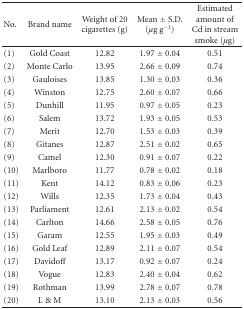
| No. | Brand name | Weight of 20 cigarettes (g) | Mean ± S.D. (μg g−1) | Estimated amount of Cd in stream smoke (μg) |
 | --- | --- | --- | --- | --- |
 | (1) | Gold Coast | 12.82 | 1.97 ± 0.04 | 0.51 |
 | (2) | Monte Carlo | 13.95 | 2.66 ± 0.09 | 0.74 |
 | (3) | Gauloises | 13.85 | 1.30 ± 0.03 | 0.36 |
 | (4) | Winston | 12.75 | 2.60 ± 0.07 | 0.66 |
 | (5) | Dunhill | 11.95 | 0.97 ± 0.05 | 0.23 |
 | (6) | Salem | 13.72 | 1.93 ± 0.05 | 0.53 |
 | (7) | Merit | 12.70 | 1.53 ± 0.03 | 0.39 |
 | (8) | Gitanes | 12.87 | 2.51 ± 0.02 | 0.65 |
 | (9) | Camel | 12.30 | 0.91 ± 0.07 | 0.22 |
 | (10) | Marlboro | 11.77 | 0.78 ± 0.02 | 0.18 |
 | (11) | Kent | 14.12 | 0.83 ± 0.06 | 0.23 |
 | (12) | Wills | 12.35 | 1.73 ± 0.04 | 0.43 |
 | (13) | Parliament | 12.61 | 2.13 ± 0.02 | 0.54 |
 | (14) | Carlton | 14.66 | 2.58 ± 0.05 | 0.76 |
 | (15) | Garam | 12.55 | 1.95 ± 0.03 | 0.49 |
 | (16) | Gold Leaf | 12.89 | 2.11 ± 0.07 | 0.54 |
 | (17) | Davidoff | 13.17 | 0.92 ± 0.07 | 0.24 |
 | (18) | Vogue | 12.83 | 2.40 ± 0.04 | 0.62 |
 | (19) | Rothman | 13.99 | 2.78 ± 0.07 | 0.78 |
 | (20) | L & M | 13.10 | 2.13 ± 0.03 | 0.56 |